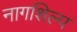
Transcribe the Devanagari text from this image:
नागशिल्प